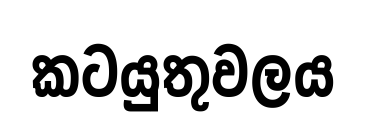
කටයුතුවලය